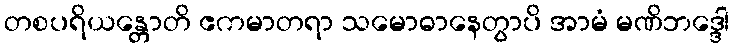
တစပရိယန္တောတိ ဧကမာတရာ သမောဓာနေတွာပိ အာမံ မဏိဘဒ္ဒေါ